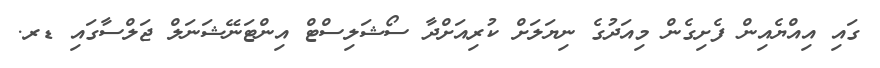
ގައި އިއްޔެއިން ފެށިގެން މިއަދުގެ ނިޔަލަށް ކުރިއަށްދާ ސޯޝަލިސްޓް އިންޓަނޭޝަނަލް ޖަލްސާގައި ޑރ.